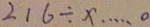
2 1 6 \div x \cdots 0